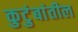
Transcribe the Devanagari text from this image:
कुटुंबांतील